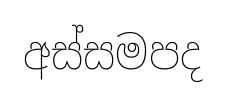
අස්සමපද